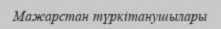
Мажарстан түркітанушылары